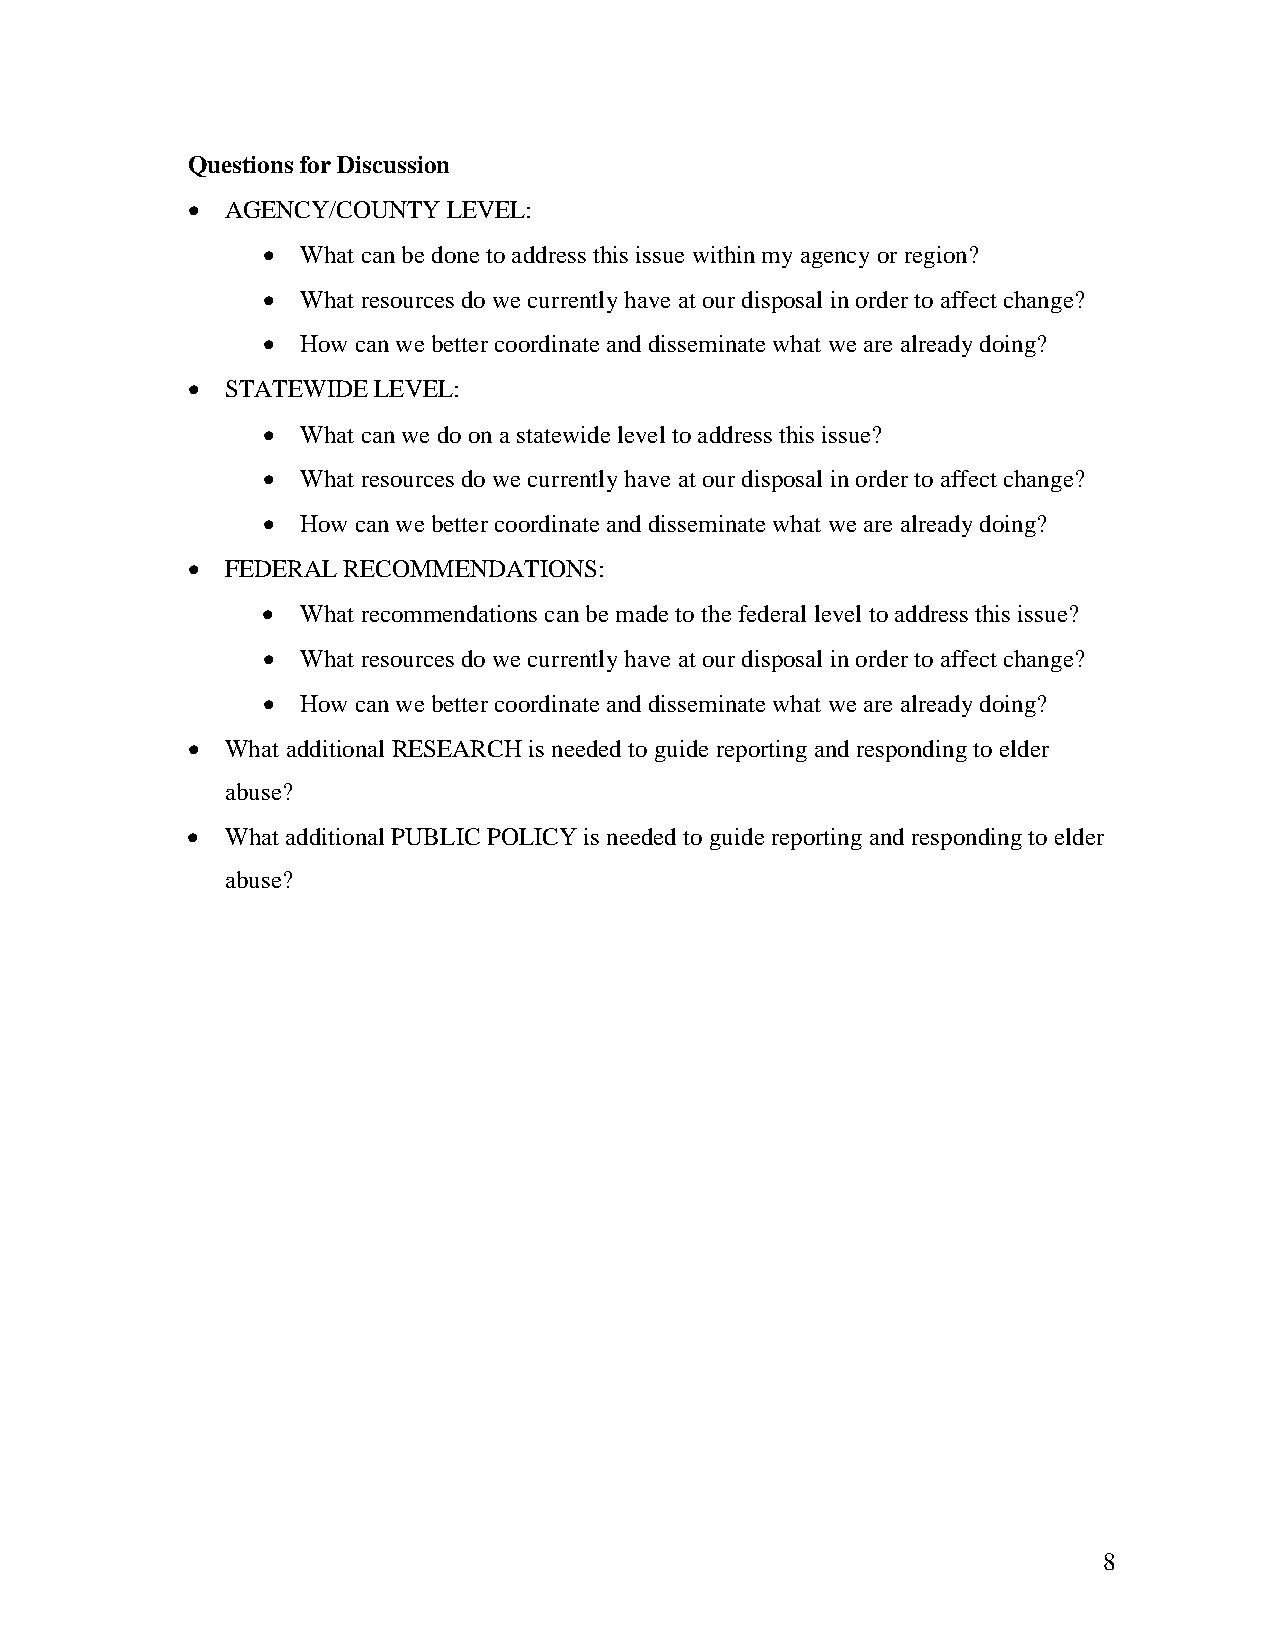
Questions for Discussion
 •  AGENCY/COUNTY  LEVEL:
 •  What can be done to address this issue within my agency or region?
 •  What resources do we currently have at our disposal in order to affect change?
 •  How can we better coordinate and disseminate what we are already doing?
 •  STATEWIDE LEVEL:
 •  What can we do on a statewide level to address this issue?
 •  What resources do we currently have at our disposal in order to affect change?
 •  How can we better coordinate and disseminate what we are already doing?
 •  FEDERAL RECOMMENDATIONS:
 •  What recommendations can be made to the federal level to address this issue?
 •  What resources do we currently have at our disposal in order to affect change?
 •  How can we better coordinate and disseminate what we are already doing?
 •  What additional RESEARCH is needed to guide reporting and responding to elder
 abuse?
 •  What additional PUBLIC POLICY is needed to guide reporting and responding to elder
 abuse?
 8